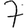
Digit: 7